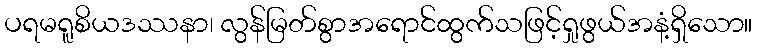
ပရမရူစိယဒဿနာ၊ လွန်မြတ်စွာအရောင်ထွက်သဖြင့်ရှုဖွယ်အနံ့ရှိသော။